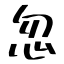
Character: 忽